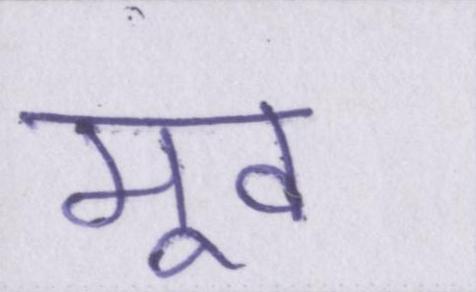
मूव